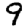
Digit: 9